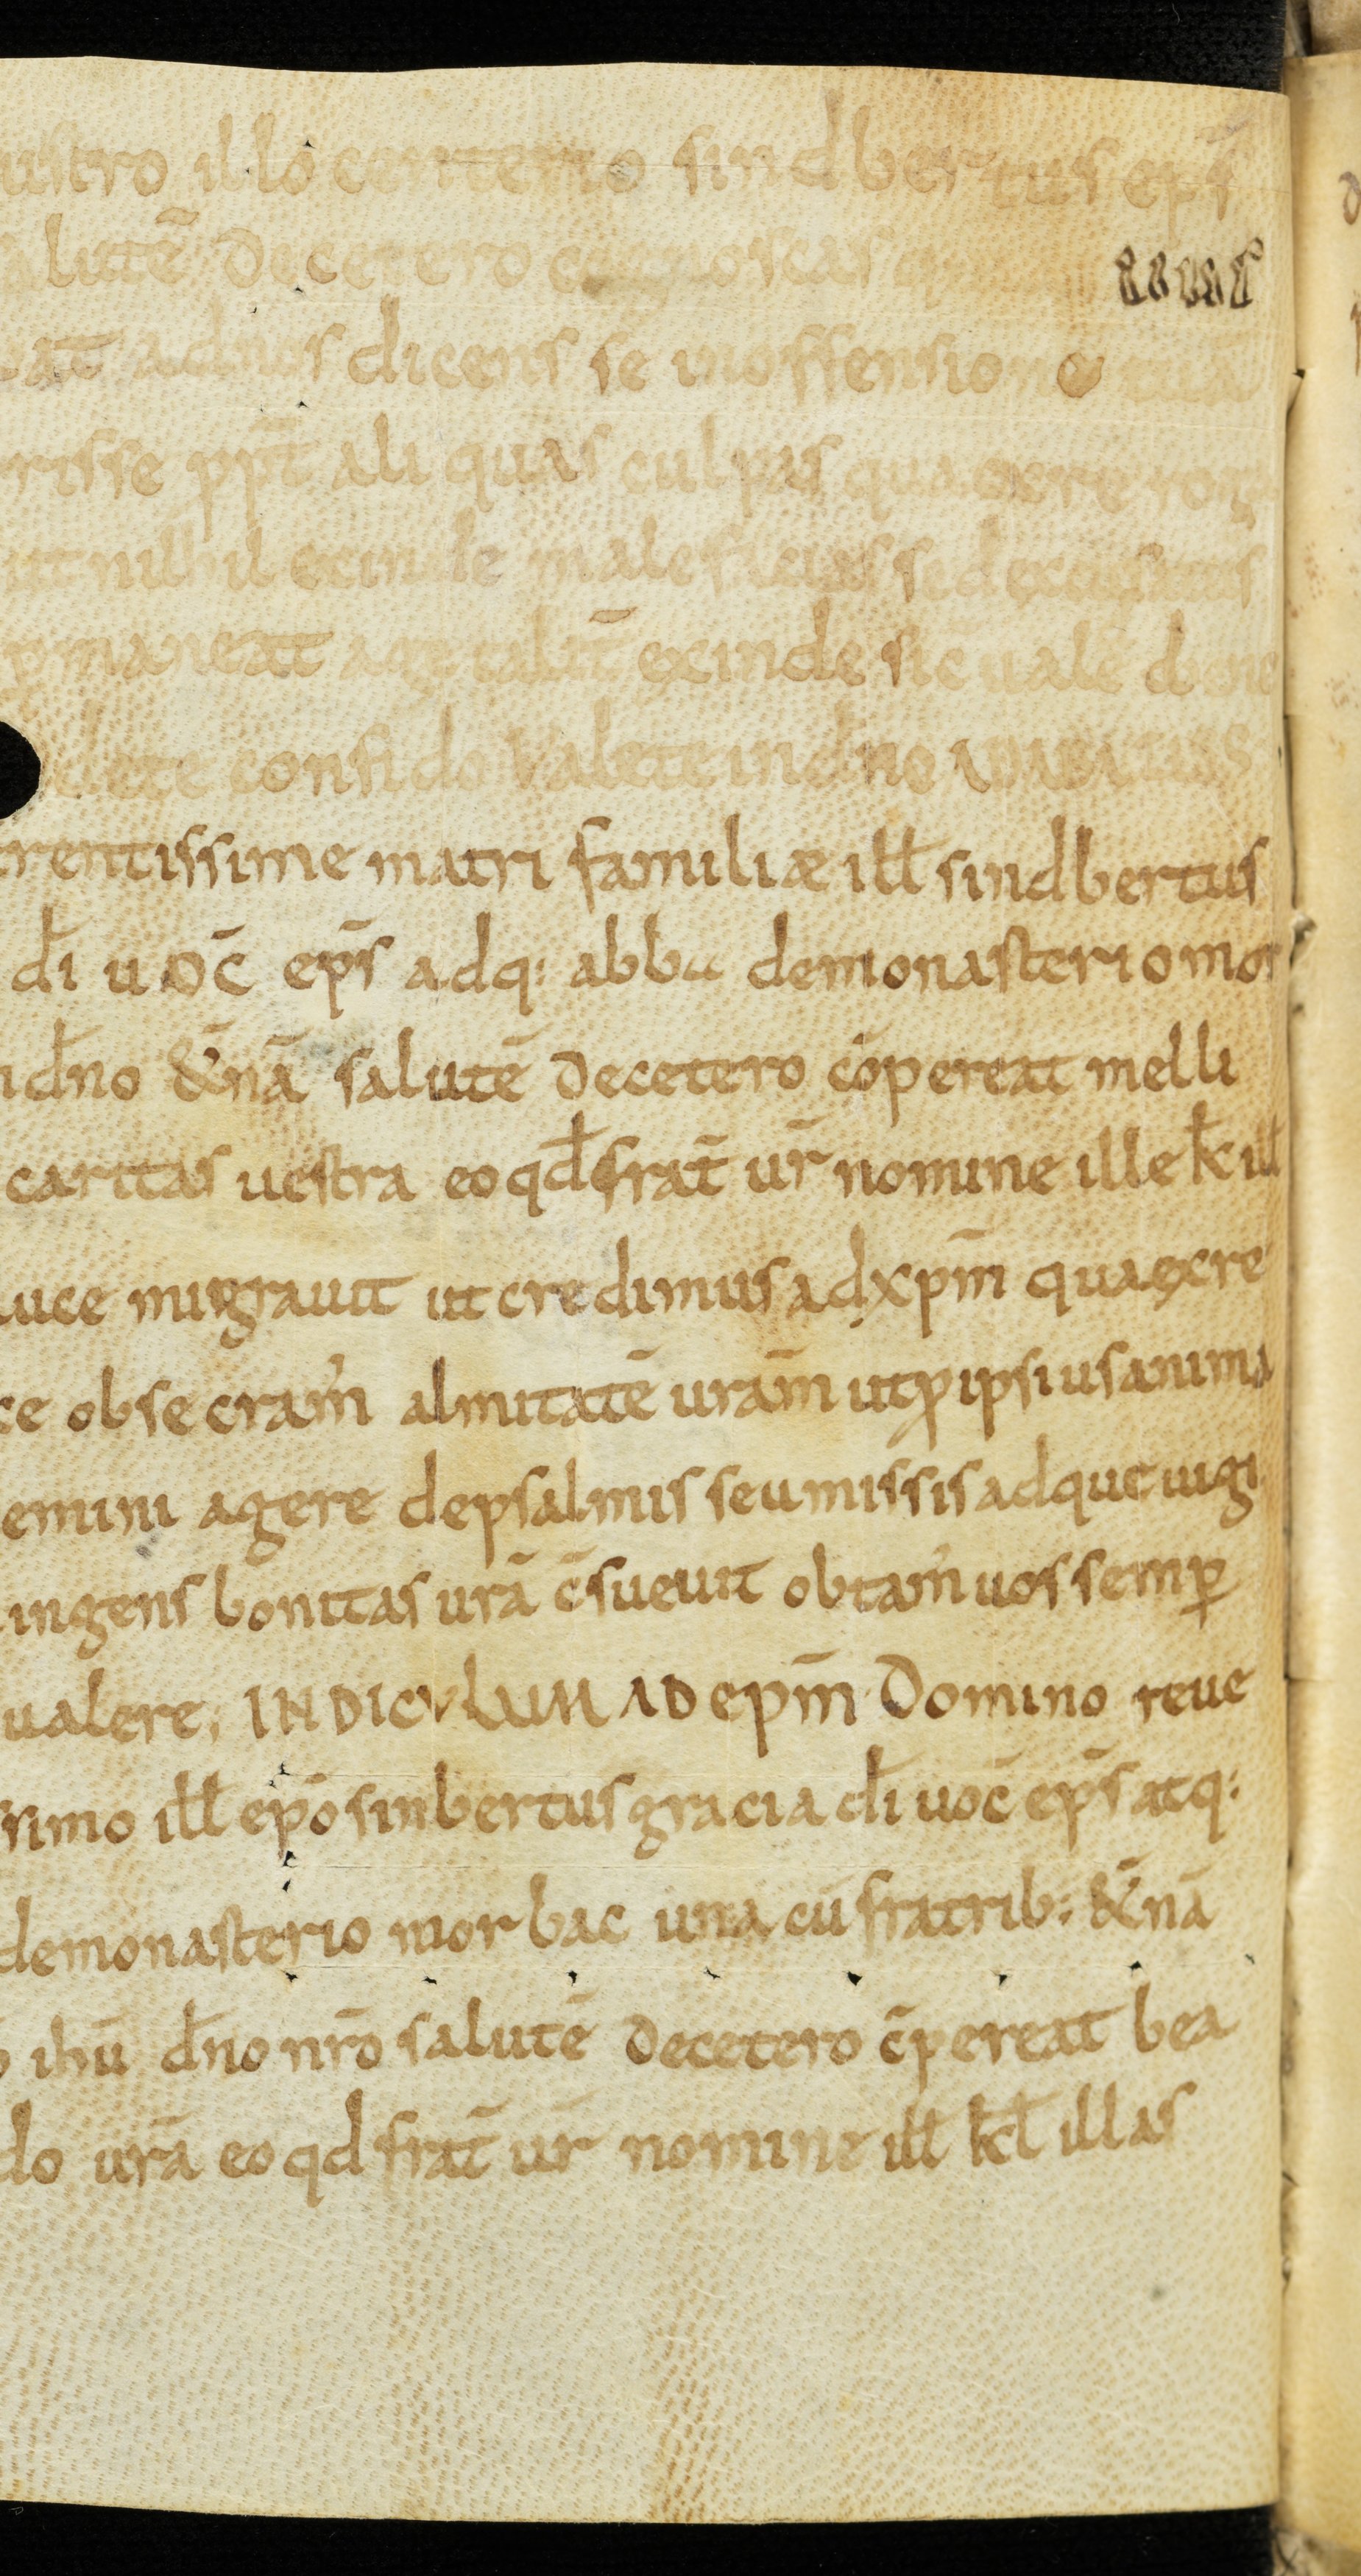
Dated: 850–899